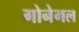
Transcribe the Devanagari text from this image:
गोनेगल